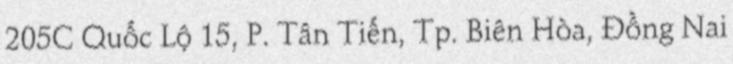
205C Quốc Lộ 15, P. Tân Tiến, Tp. Biên Hòa, Đồng Nai